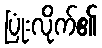
ပြုံးလိုက်၏